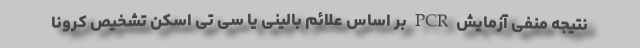
نتیجه منفی آزمایش PCR بر اساس علائم بالینی یا سی تی اسکن تشخیص کرونا